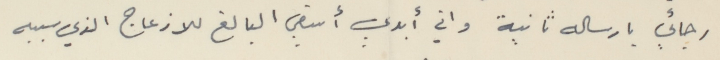
رجائي بارساله ثانية واني أبدي أسفي البالغ للازعاج الذي سببه